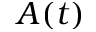
A ( t )